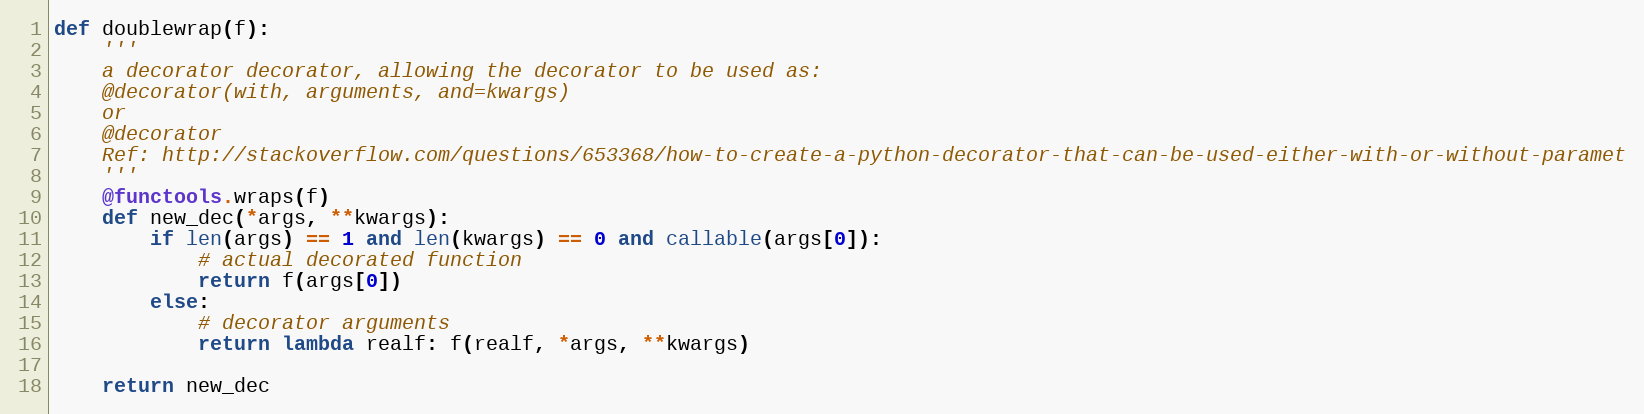
Language: Python
def doublewrap(f):
    '''
    a decorator decorator, allowing the decorator to be used as:
    @decorator(with, arguments, and=kwargs)
    or
    @decorator
    Ref: http://stackoverflow.com/questions/653368/how-to-create-a-python-decorator-that-can-be-used-either-with-or-without-paramet
    '''
    @functools.wraps(f)
    def new_dec(*args, **kwargs):
        if len(args) == 1 and len(kwargs) == 0 and callable(args[0]):
            # actual decorated function
            return f(args[0])
        else:
            # decorator arguments
            return lambda realf: f(realf, *args, **kwargs)

    return new_dec